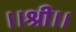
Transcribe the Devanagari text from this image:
।।श्री।।